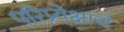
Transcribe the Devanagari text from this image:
परिप्र्येक्षाचे